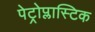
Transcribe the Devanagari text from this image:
पेट्रोप्लास्टिक